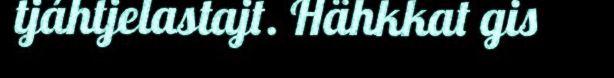
tjáhtjelastajt. Hähkkat gis